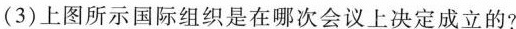
(3)上图所示国际组织是在哪次会议上决定成立的?